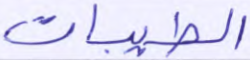
الطيبات